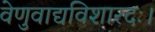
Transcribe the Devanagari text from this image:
वेणुवाद्यविशारदः।